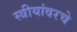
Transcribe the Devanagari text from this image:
स्त्रीयांवरचे